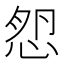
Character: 𢚿